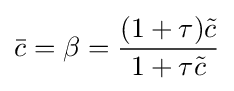
{\bar {c}}=\beta ={\frac {(1+\tau ){\tilde {c}}}{1+\tau {\tilde {c}}}}